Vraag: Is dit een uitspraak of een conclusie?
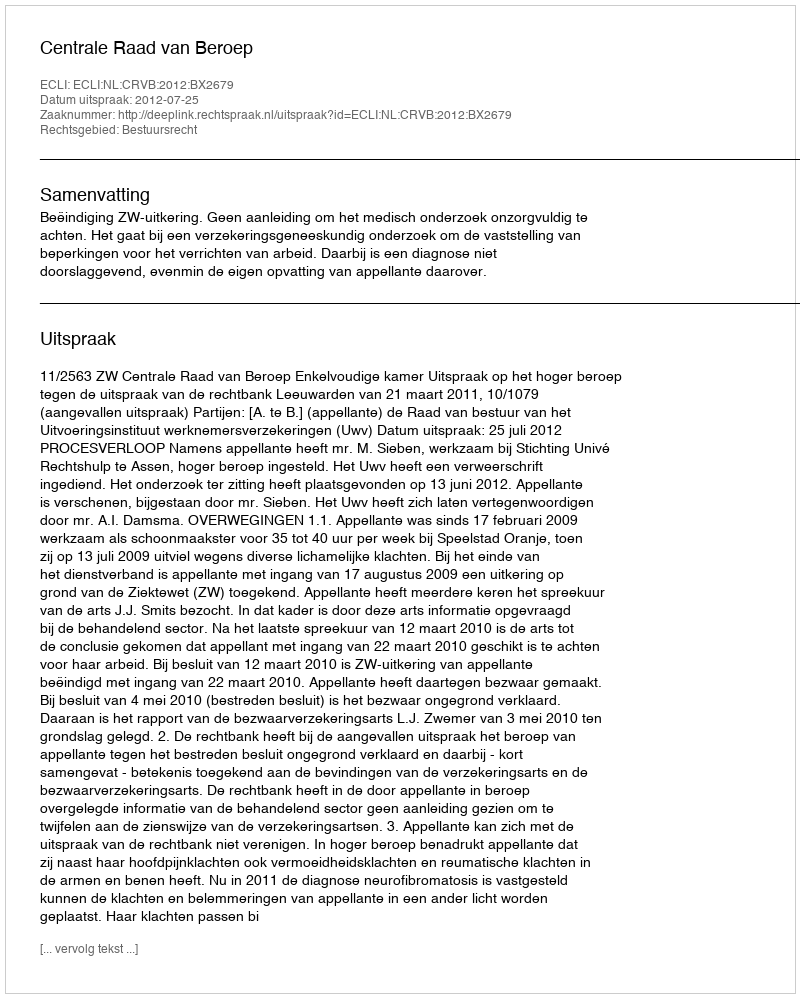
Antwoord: Uitspraak